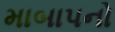
માબાપનો